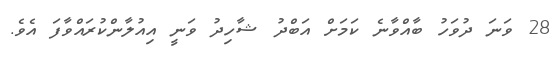
28 ވަނަ ދުވަހު ބާއްވާނެ ކަމަށް އަބްދު ޝާހިދު ވަނީ އިއުލާންކުރައްވާފަ އެވެ.